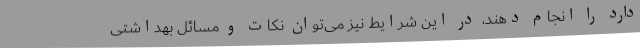
دارد را انجام دهند، در این شرایط نیز می‌توان نکات و مسائل بهداشتی